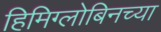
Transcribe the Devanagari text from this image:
हिमिग्लोबिनच्या